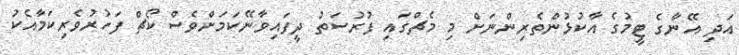
އަދި އޭނާގެ ޓީމުގެ އާކުޅުންތެރިންނަށް މި މެޗްގައި ފުރުސަތު ދީފައިވާނޭކަމަށްވެސް ކޯޗް ފަހުރުވެރިކަމާއެކު